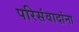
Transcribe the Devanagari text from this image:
परिसंवादांना